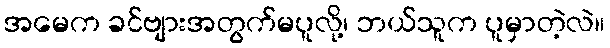
အမေက ခင်ဗျားအတွက်မပူလို့၊ ဘယ်သူက ပူမှာတဲ့လဲ။